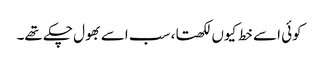
کوئی اسے خط کیوں لکھتا، سب اسے بھول چکے تھے۔